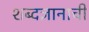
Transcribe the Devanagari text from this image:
शब्दज्ञानाची